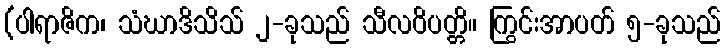
(ပါရာဇိက၊ သံဃာဒိသိသ် ၂-ခုသည် သီလဝိပတ္တိ။ ကြွင်းအာပတ် ၅-ခုသည်